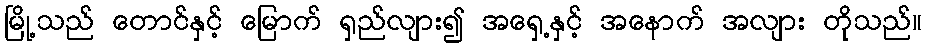
မြို့သည် တောင်နှင့် မြောက် ရှည်လျား၍ အရှေ့နှင့် အနောက် အလျား တိုသည်။